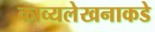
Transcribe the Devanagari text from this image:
काव्यलेखनाकडे